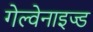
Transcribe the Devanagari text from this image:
गेल्वेनाइज्ड